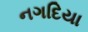
નગદિયા